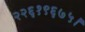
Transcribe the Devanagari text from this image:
२२६१९६७५।